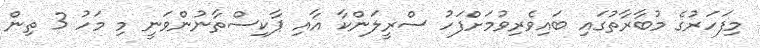
މިފަހަރުގެ މުބާރާތުގައި ބައިވެރިވުމަށްފަހު ސްރީލަންކާ އާއި ޕާކިސްތާނުންވަނީ މި މަހު 3 ތިން